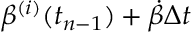
\beta ^ { ( i ) } ( t _ { n - 1 } ) + \dot { \beta } \Delta t